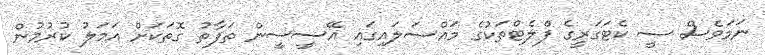
ނަމަވެސް ސީ ކެޓަގަރީގެ ފްލެޓްތަކުގެ މައްސަލައިގައި އޭސީސީން ތަފާތު ގޮތަކަށް އަމަލު ކުރުމުން